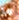
ما